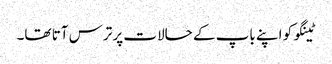
ٹینگو کو اپنے باپ کے حالات پر ترس آتا تھا۔